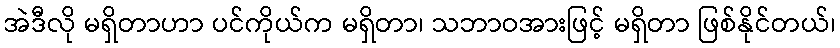
အဲဒီလို မရှိတာဟာ ပင်ကိုယ်က မရှိတာ၊ သဘာဝအားဖြင့် မရှိတာ ဖြစ်နိုင်တယ်၊